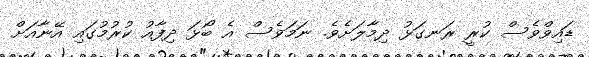
ޑައިވްވެސް ކުރީ ރަނގަޅު ދިމާލަށެވެ. ނަމަވެސް އެ ބޯޅަ ދިފާއު ކުރުމުގައި އޭނާއަށް